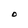
Character: O